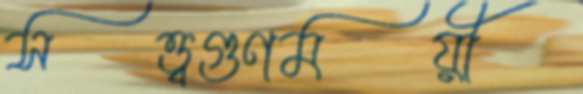
সত্ত্বগুণময়ী